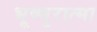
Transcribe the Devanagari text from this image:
भूष्णुरात्मा